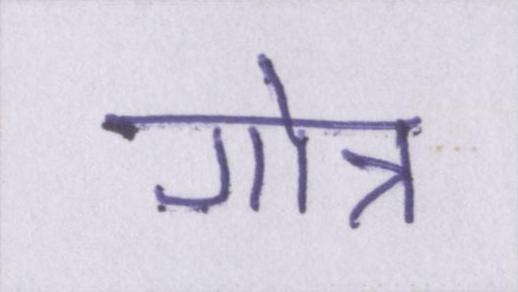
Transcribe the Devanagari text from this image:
गोत्र